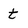
Character: t